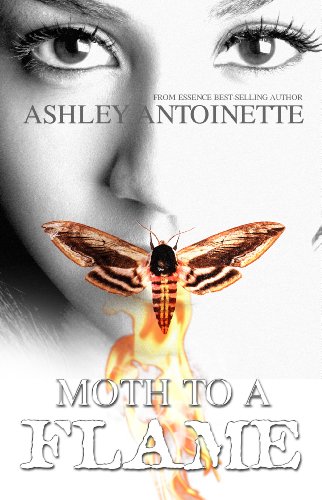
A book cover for Moth to a Flame (Urban Books); Ashley Antoinette; Romance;